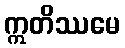
ဣတိဿမေ